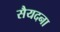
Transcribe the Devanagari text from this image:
सैयदना